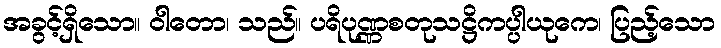
အခွင့်ရှိသော။ ဝါတော၊ သည်။ ပရိပုဏ္ဏစတုသဋ္ဌိကပ္ပါယုကေ၊ ပြည့်သော